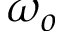
\omega _ { o }